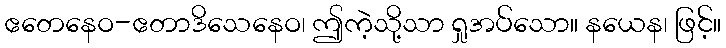
ဧတေနေဝ-ဧတာဒိသေနေဝ၊ ဤကဲ့သို့သာ ရှုအပ်သော။ နယေန၊ ဖြင့်။